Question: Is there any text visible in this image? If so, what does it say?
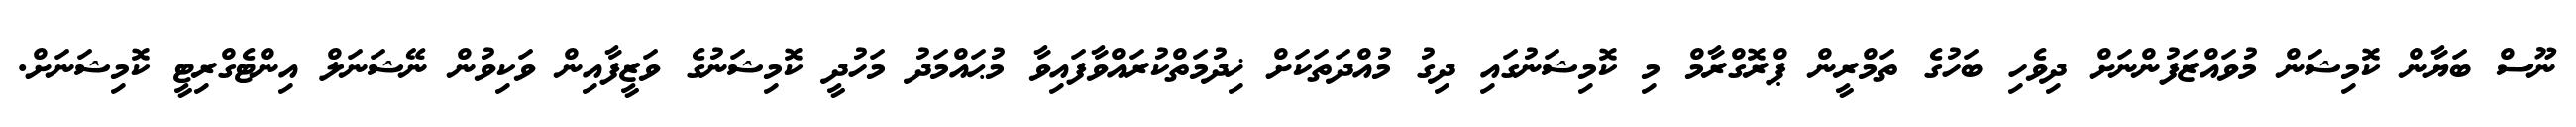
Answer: ނޫސް ބަޔާން ކޮމިޝަން މުވައްޒަފުންނަށް ދިވެހި ބަހުގެ ތަމްރީން ޕްރޮގްރާމް މި ކޮމިޝަނުގައި ދިގު މުއްދަތަކަށް ޚިދުމަތްކުރައްވާފައިވާ މުޙައްމަދު މަހުދީ ކޮމިޝަނުގެ ވަޒީފާއިން ވަކިވުން ނޭޝަނަލް އިންޓެގްރިޓީ ކޮމިޝަނަށް.